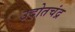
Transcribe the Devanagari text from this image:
उदोतचंद्र